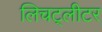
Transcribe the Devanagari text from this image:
लिचट्लीटर